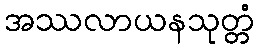
အဿလာယနသုတ္တံ